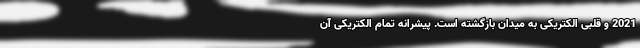
2021 و قلبی الکتریکی به میدان بازگشته است. پیشرانه تمام الکتریکی آن